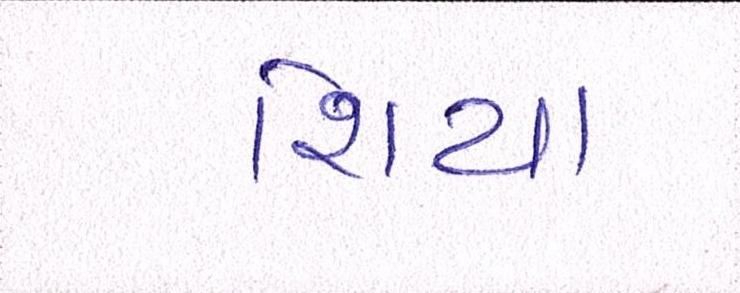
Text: શિયા